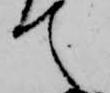
て